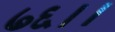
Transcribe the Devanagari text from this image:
७६।।